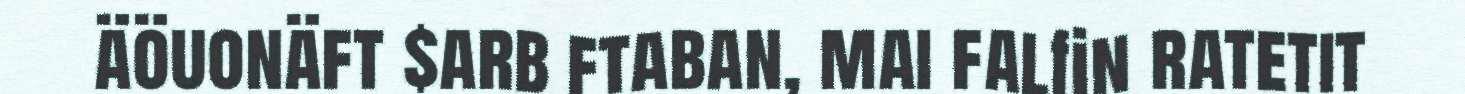
äöuonäft $arb ftaban, mai falfin ratetit